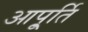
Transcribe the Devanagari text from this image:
आपू्र्ति